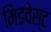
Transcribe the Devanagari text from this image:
मिडवेस्‍ट